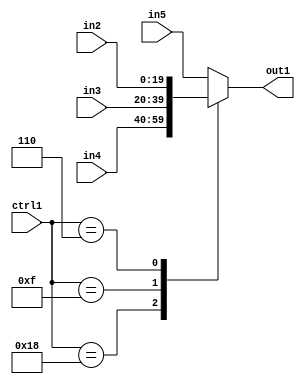
`timescale 1ps / 1ps
/*****************************************************************************
    Verilog RTL Description
    
    
    Created by: Stratus DpOpt 21.05.01 
*******************************************************************************/

module SobelFilter_N_Mux_20_4_6_4 (
	in5,
	in4,
	in3,
	in2,
	ctrl1,
	out1
	); /* architecture "behavioural" */ 
input [19:0] in5,
	in4,
	in3,
	in2;
input [4:0] ctrl1;
output [19:0] out1;
wire [19:0] asc001;

reg [19:0] asc001_tmp_0;
assign asc001 = asc001_tmp_0;
always @ (ctrl1 or in4 or in3 or in2 or in5) begin
	casez (ctrl1)
		5'B11000 : asc001_tmp_0 = in4 ;
		5'B01111 : asc001_tmp_0 = in3 ;
		5'B00110 : asc001_tmp_0 = in2 ;
		default : asc001_tmp_0 = in5 ;
	endcase
end

assign out1 = asc001;
endmodule

/* CADENCE  v7f3TQA= : u9/ySxbfrwZIxEzHVQQV8Q== ** DO NOT EDIT THIS LINE ******/